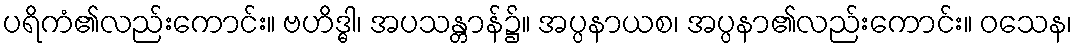
ပရိကံ၏လည်းကောင်း။ ဗဟိဒ္ဓါ၊ အပသန္တာန်၌။ အပ္ပနာယစ၊ အပ္ပနာ၏လည်းကောင်း။ ဝသေန၊